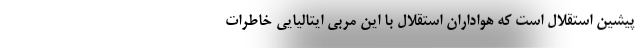
پیشین استقلال است که هواداران استقلال با این مربی ایتالیایی خاطرات